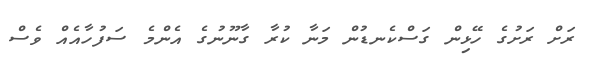
ރަށް ރަށުގެ ހޭޅިން ގަސްކެނޑުން މަނާ ކުރާ ގާނޫނުގެ އެންމެ ސަފުހާއެއް ވެސް